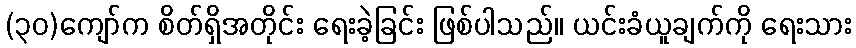
(၃၀)ကျော်က စိတ်ရှိအတိုင်း ရေးခဲ့ခြင်း ဖြစ်ပါသည်။ ယင်းခံယူချက်ကို ရေးသား